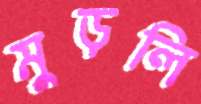
মুড়লি